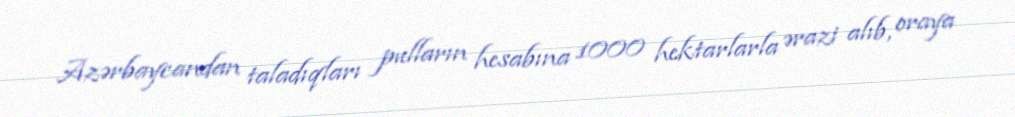
Azərbaycandan taladıqları pulların hesabına 1000 hektarlarla ərazi alıb, oraya